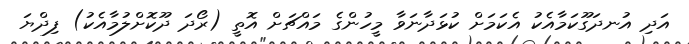
އަދި އުނދަގޫކަމާއެކު އެކަމަށް ކުޅަދާނަވާ މީހުންގެ މައްޗަށް އޮތީ (ރޯދަ ދޫކޮށްލުމާއެކު) ފިދްޔަ